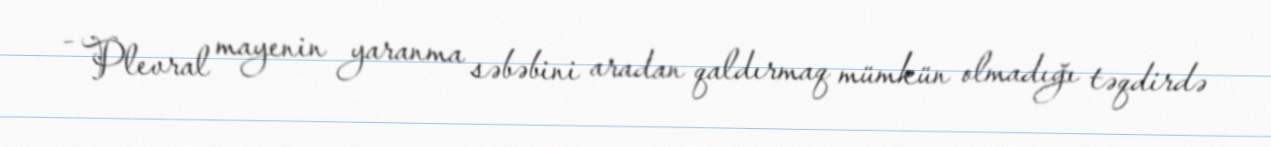
- Plevral mayenin yaranma səbəbini aradan qaldırmaq mümkün olmadığı təqdirdə